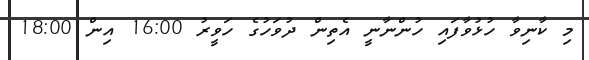
މި ކާނިވާ ހުޅުވާފައި ހުންނާނީ އެތިން ދުވަހުގެ ހަވީރު 16:00 އިން 18:00